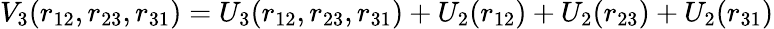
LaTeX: V_{3}(r_{12},r_{23},r_{31})=U_{3}(r_{12},r_{23},r_{31})+U_{2}(r_{12})+U_{2}(r_{23})+U_{2}(r_{31})